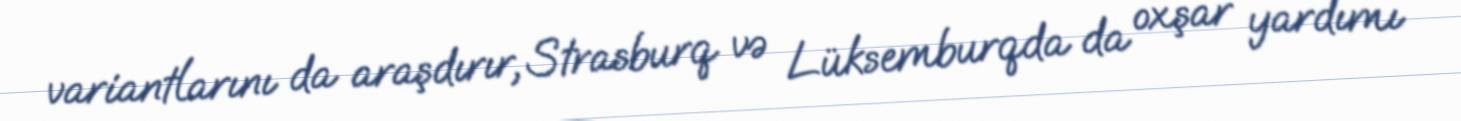
variantlarını da araşdırır, Strasburq və Lüksemburqda da oxşar yardımı